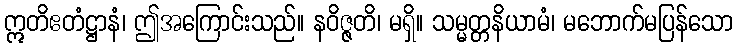
ဣတိဧတံဋ္ဌာနံ၊ ဤအကြောင်းသည်။ နဝိဇ္ဇတိ၊ မရှိ။ သမ္မတ္တနိယာမံ၊ မဘောက်မပြန်သော